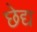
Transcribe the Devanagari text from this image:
छेद्य